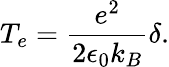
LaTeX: T_{e}=\frac{e^{2}}{2\epsilon_{0}k_{B}}\delta.